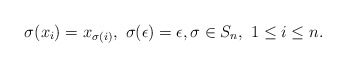
\begin{align*}\sigma (x_i) = x_{\sigma(i)}, \ \sigma(\epsilon) = \epsilon, \sigma \in S_n, \ 1 \leq i \leq n.\end{align*}